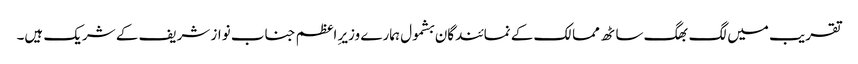
تقریب میں لگ بھگ ساٹھ ممالک کے نمائندگان بشمول ہمارے وزیرِ اعظم جناب نواز شریف کے شریک ہیں۔